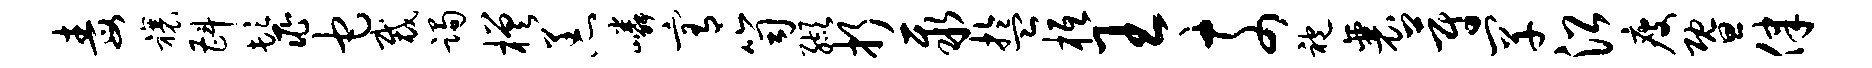
毒禳斟鬣它裁躅槎恙嶙宥笥缬折聚盂柢王奈袍襄蔚罕沿瘦暨律